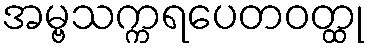
အမ္ဗသက္ကရပေတဝတ္ထု